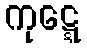
ကုဋ္ဋေ